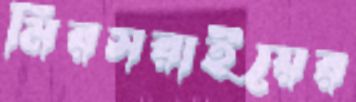
মিরসরাইয়ের